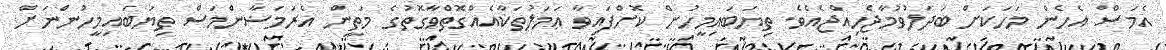
އެމަސް އެހެން މަހަކަށް ބަދަލުވުމާޖެހިއްޖެއެވެ. ތިޔަބައިމީހުން ކޮށްފައިވާ ޢަމަލުތަކާއެއްގޮތްވާގޮތުގެ މަތީން އެރަމަޟާންމަސް ތިޔަބައިމީހުންނަށް